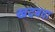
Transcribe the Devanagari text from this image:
खदबदा